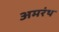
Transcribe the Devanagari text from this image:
अमरंथ